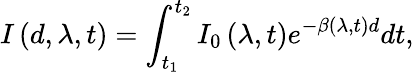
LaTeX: I\left(d,\lambda,t\right)=\int_{t_{1}}^{t_{2}}I_{0}\left(\lambda,t\right)e^{-\beta\left(\lambda,t\right)d}dt,